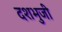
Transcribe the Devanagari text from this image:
दशभुजी